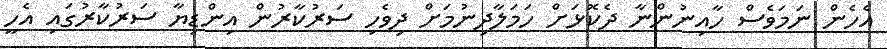
އެހެން ނަމަވެސް ހާއިނުންނާ ދެކޮޅަށް ހަމަލާދިނުމަށް ދިވެހި ސަރުކާރުން އިންޑިޔާ ސަރުކާރުގައި އެހީ